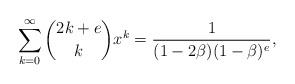
LaTeX: \begin{align*}\sum_{k=0}^\infty\binom{2k+e}{k}x^k=\frac{1}{(1-2\beta)(1-\beta)^e},\end{align*}